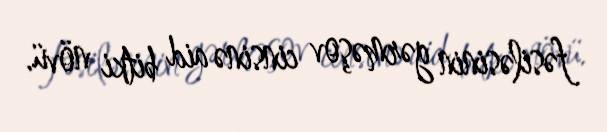
fəsiləsinin gərməşov cinsinə aid bitki növü.